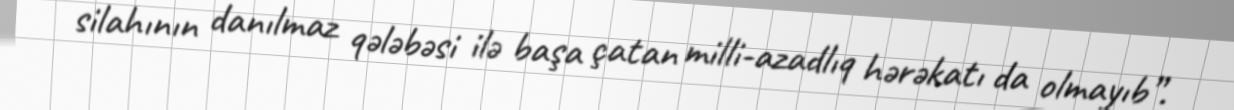
silahının danılmaz qələbəsi ilə başa çatan milli-azadlıq hərəkatı da olmayıb”.